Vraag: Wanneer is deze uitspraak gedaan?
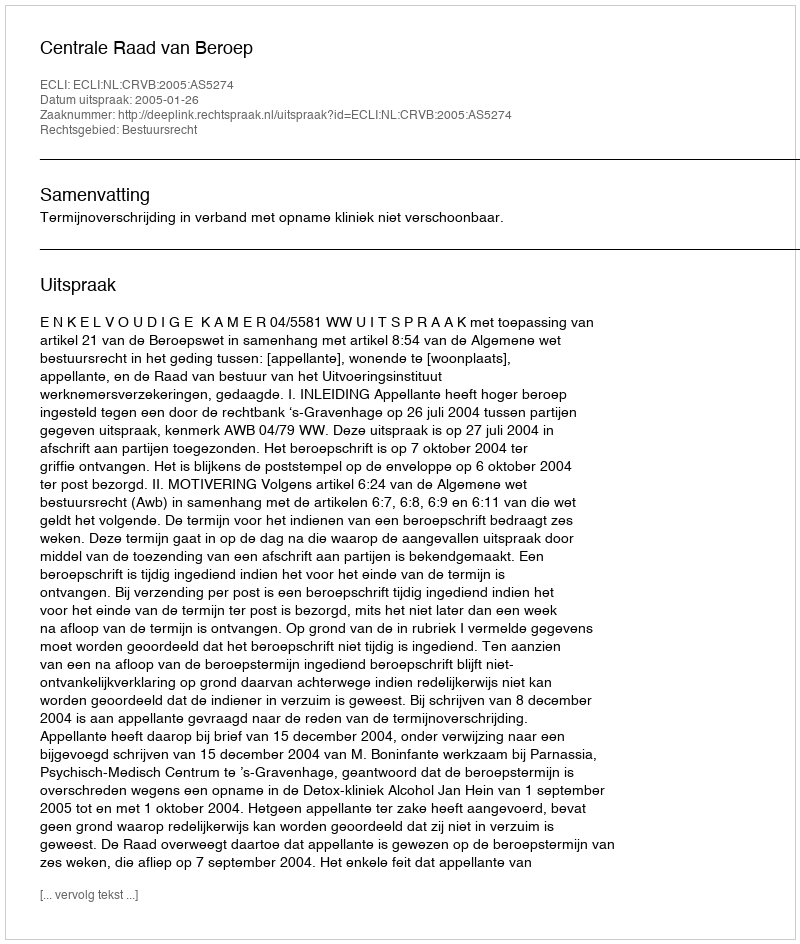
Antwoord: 2005-01-26